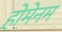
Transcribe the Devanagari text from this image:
होमेनम